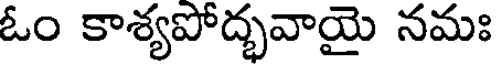
ఓం కాశ్యపోద్భవాయై నమః